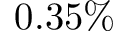
0 . 3 5 \%